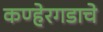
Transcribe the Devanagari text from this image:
कण्हेरगडाचे